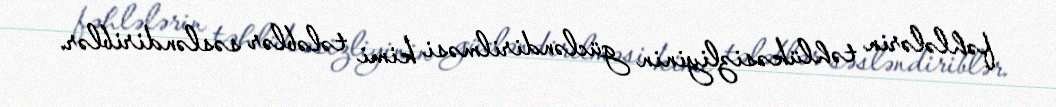
fəhlələrin təhlükəsizliyinin gücləndirilməsi kimi tələblər səsləndiriblər.